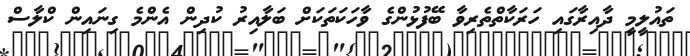
ތައުލީމީ ދާއިރާގައި ހަރަކާތްތެރިވާ ބޭފުޅުންގެ ވާހަކަތަކަށް ބަލާއިރު ކުދިން އެންމެ ގިނައިން ކްލާސް